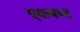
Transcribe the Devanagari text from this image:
एकबध्द